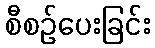
စီစဉ်ပေးခြင်း